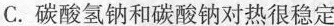
C.碳酸氢钠和碳酸钠对热很稳定